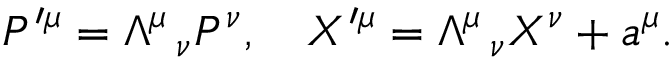
P ^ { \prime \mu } = \Lambda ^ { \mu } \, _ { \nu } P ^ { \nu } , \quad X ^ { \prime \mu } = \Lambda ^ { \mu } \, _ { \nu } X ^ { \nu } + a ^ { \mu } .